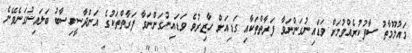
މައުލޫމާތު ސާފުކުރެއްވުމަށް ވަޑައިނުގަންނަވާ ފަރާތްތަކާއި ގަޑިއަށް ހާޒިރުވެ ވަޑައިނުގަންނަވާ ފަރާތްތަކުގެ އަންދާސީހިސާބު ބަލައިނުގަނެވޭނެ